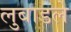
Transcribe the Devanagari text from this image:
लुबाडले